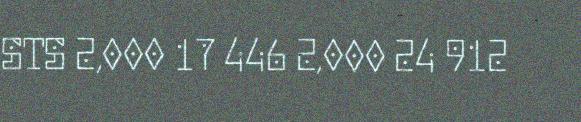
STS 2,000 17 446 2,000 24 912